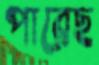
পারেছ